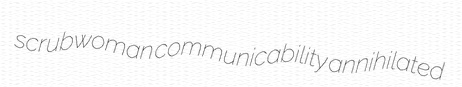
scrubwoman communicability annihilated